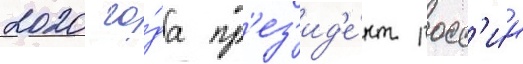
2020 го́да пр'ез'ид'е́нт росс'и́и